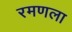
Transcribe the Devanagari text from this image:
रमणला